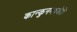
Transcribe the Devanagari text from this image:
कान्कुनमध्येही